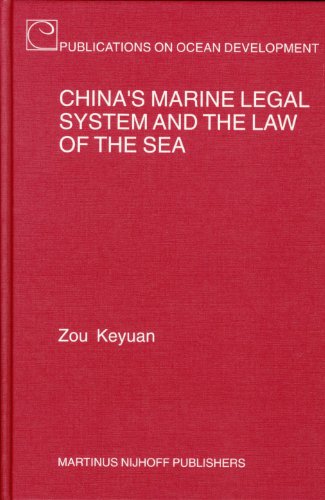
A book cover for China's Marine Legal System and the Law of the Sea (Publications on Ocean Development); Zou Keyuan; Law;